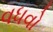
વધવો